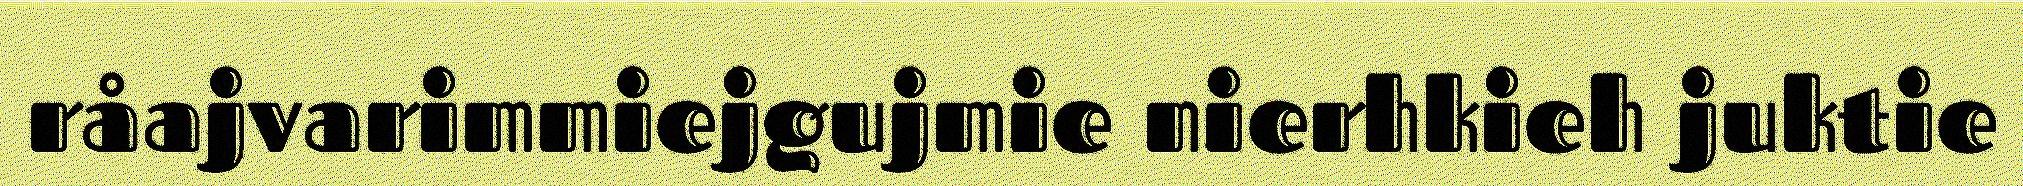
råajvarimmiejgujmie nierhkieh juktie